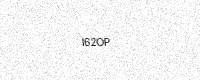
Text: I62OP